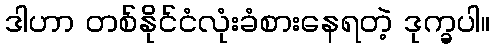
ဒါဟာ တစ်နိုင်ငံလုံးခံစားနေရတဲ့ ဒုက္ခပါ။